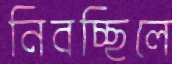
নিবচ্ছিলে